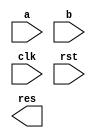
// ECE 5367
// Author(s): Nicholas Archibong, Rakshak Talwar
/*
	Description: Sequential computing code that allows for the calculation of any size matrix
*/

module testArb(a, b, clk, rst, res);

	/*
	* ** Constraint! Calculations must be done beforehand
	* # of Rows and Cols for matrix a and b
	* defualted to 2... user gets to change the selection
	*/
	parameter aRow = 2;
	parameter aCol = 2;
	parameter bRow = 2;
	parameter bCol = 2;
		
	/*
	* ** Constraint! Calculations must be done beforehand
	* defaulted to 32... user gets to change selection
	* length is calculated as (rows X cols) * 8bits
	*/
	parameter matrixALen = 32;
	parameter matrixBLen = 32;
	parameter matrixRLen = 32;
	
	input clk, rst;

	/*
	* Determine the length of each matrix...
	* signed because maximum int is 32...
	*/
	input signed [matrixALen - 1: 0] a;
	input signed [matrixBLen - 1: 0] b;

	output reg signed [matrixRLen - 1: 0] res;
	
	/*
	* finish(n) -> determine when (n)th/nd always@ finishes
	*/
	reg finish1;
	
	/*
	* state(n) -> moves around the FSM
	* a1, b1, res1, defined as matrices...by creating indices
	*/
	reg[1:0] state1;
	reg[7:0] a1[0:aRow-1][0:aCol-1];
	reg[7:0] b1[0:bRow-1][0:bCol-1];
	reg[7:0] res1[0:aRow-1][0:bCol-1];
	
	parameter s0 = 0, sDone = 1;

	// counters to set the matrices to 0...
	integer rSet, cSet;

	/*
	* i, j, k move through the indices.
	*/
	integer i, j, k;

	/*
	* numElemA -> # of elements in matrix A
	* numElemB -> # of elements in matrix B
	* chunkACtr -> used to decrement through elements in matrix A
	* chunkBCtr -> used to decrement through elements in matrix B
	*/
	integer numElemA;
	integer numElemB;
	
	integer chunkACtr;
	integer chunkBCtr;

	initial begin
		i <= 0; j <= 0; k <= 0;
		state1 <= 0;
		
		numElemA <= matrixALen/8;
		numElemB <= matrixBLen/8;
			
		// load values with 0s
        for(rSet=0; rSet < aRow; rSet=rSet+1)
            for(cSet=0; cSet < aCol; cSet=cSet+1)
				a1[rSet][cSet] = 0;
		
		for(rSet=0; rSet < bRow; rSet=rSet+1)
            for(cSet=0; cSet < bCol; cSet=cSet+1)
				b1[rSet][cSet] = 0;
				
		for(rSet=0; rSet < aRow; rSet=rSet+1)
            for(cSet=0; cSet < bCol; cSet=cSet+1)
				res1[rSet][cSet] = 0;

	end
	
	// always block used to monitor the rst signal for loading...
	always@(posedge clk) begin
		if(!rst) begin
			$display("Loading in data...\n");
						
			//numElemA = (matrixALen/8) - 1;
			chunkACtr = numElemA - 1; // updates the chunk with the previous values
			// start loading of data...
			for(rSet=0; rSet < aRow; rSet=rSet+1) begin
				for(cSet=0; cSet < aCol; cSet=cSet+1) begin
					a1[rSet][cSet] = a[8*chunkACtr +: 8];
					chunkACtr = chunkACtr - 1;
					end
			end
			chunkBCtr = numElemB - 1;
			for(rSet=0; rSet < bRow; rSet=rSet+1) begin
				for(cSet=0; cSet < bCol; cSet=cSet+1) begin
					b1[rSet][cSet] = b[8*chunkBCtr +: 8];
					chunkBCtr = chunkBCtr - 1;
					end
			end
			
		end
	end
	
	// computation
	always@(posedge clk) begin
		
		if(aCol != bRow) begin
			$display("Columns in A != Rows in B!");
		end
		
		else begin
			
			case(state1)
				s0: begin
					if(i < aRow) begin
						if(j < bCol) begin
							if(k < aCol) begin
								res1[i][j] <= res1[i][j] + (a1[i][k] * b1[k][j]);
								k <= k + 1;
							end // end for if(k1 < aCol)
											
							else begin
								j <= j + 1;
								k <= 0;
							end // end for else(k1 < aCol)
									
						end // end for if(j1 < bCol)
								
						else begin
							state1 <= s0;
							i <= i + 1;
							j <= 0;
						end // end for else(j1 < bCol)
					end // end for (i1 < firstBound)
					
					else begin
						state1 <= sDone;
						finish1 <= 1;
					end // end for else (i1 < firstBound)
					
				end // end for s0 of state1_1
				
				sDone: begin
					// done
				end
			
			endcase // endcase for state1_1
			
		end
		
	end
	
	

endmodule